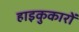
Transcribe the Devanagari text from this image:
हाइकुकारों